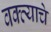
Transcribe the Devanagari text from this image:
वक्त्याचे